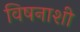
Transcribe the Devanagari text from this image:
विषनाशी